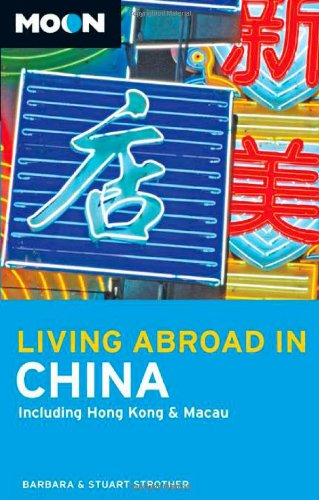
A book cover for Moon Living Abroad in China: Including Hong Kong and Macau; Barbara Strother; Travel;